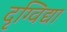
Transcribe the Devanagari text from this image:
दृग्विद्या